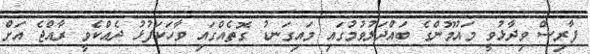
ފާރިސް ވިދާޅުވީ މައުމޫންގެ ބައްދަލުވުމުގައި މައިގަނޑު ގޮތެއްގައި ވާހަކަފުޅު ދެއްކެވީ ރާއްޖެ އަށް